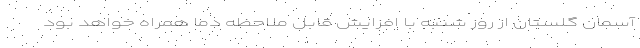
آسمان گلستان از روز شنبه با افزایش قابل ملاحظه دما همراه خواهد بود